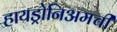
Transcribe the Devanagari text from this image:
हायड्रोनिअमची